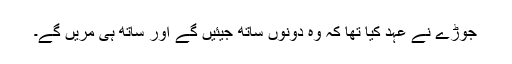
جوڑے نے عہد کیا تھا کہ وہ دونوں ساتھ جیئیں گے اور ساتھ ہی مریں گے۔